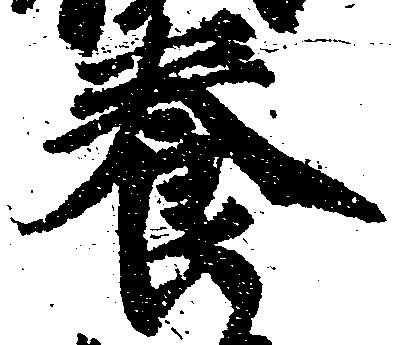
養